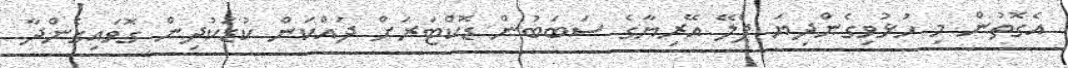
އެގޮތުން މި ހުޅުވިގެންދިޔަ ޕްލޭ އޭރިޔާގެ ސަބަބުން ޑޮކްޓަރަށް ދައްކަން ކުޑަކުދިން ގޮވައިގެންދާ